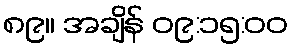
၈၉။ အချိန် ၀၉:၁၅:၀၀